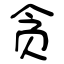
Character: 贪